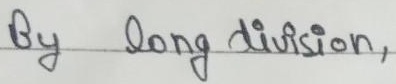
By long division,